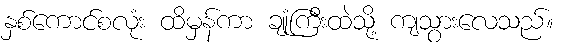
နှစ်ကောင်စလုံး ထိမှန်ကာ ချုံကြီးထဲသို့ ကျသွားလေသည်။